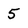
Character: 5